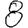
Digit: 8